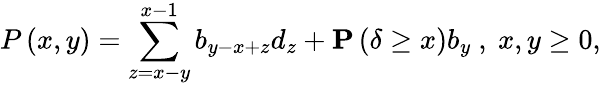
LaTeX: P\left(x,y\right)=\sum_{z=x-y}^{x-1}b_{y-x+z}d_{z}+{\mathbf P}\left(\delta\geq x\right)b_{y}\mathrm{~,~}x,y\geq 0,